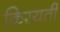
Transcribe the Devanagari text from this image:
किरयती